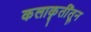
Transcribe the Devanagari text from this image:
कलाकृतींतून